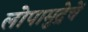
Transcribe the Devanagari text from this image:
लोपामुद्रेचें